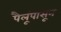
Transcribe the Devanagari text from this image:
पैलूंपासून